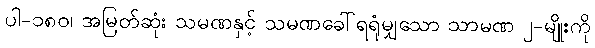
ပါ-၁၈၀၊ အမြတ်ဆုံး သမဏနှင့် သမဏခေါ်ရရုံမျှသော သာမဏ ၂-မျိုးကို